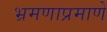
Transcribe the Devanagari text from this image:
भ्रमणाप्रमाणे